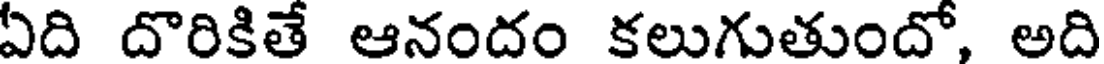
ఏది దొరికితే ఆనందం కలుగుతుందో, అది